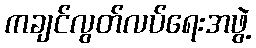
ကချင်လွတ်လပ်ရေးအဖွဲ့